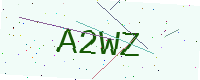
Text: A2WZ